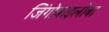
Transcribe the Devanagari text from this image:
जिंगोबाइलोबा